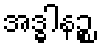
အဒ္ဓါနဉ္စ